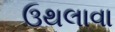
ઉથલાવા